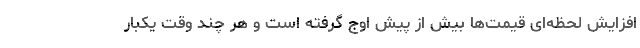
افزایش لحظه‌ای قیمت‌ها بیش از پیش اوج گرفته است و هر چند وقت یکبار